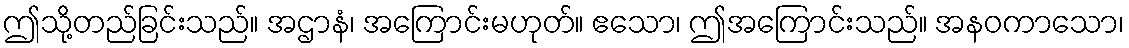
ဤသို့တည်ခြင်းသည်။ အဌာနံ၊ အကြောင်းမဟုတ်။ ဧသော၊ ဤအကြောင်းသည်။ အနဝကာသော၊